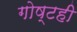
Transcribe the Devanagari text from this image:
गोष्टही